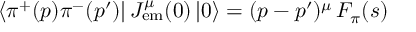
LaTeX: \langle \pi ^ { + } ( p ) \pi ^ { - } ( p ^ { \prime } ) | \, J _ { \mathrm { e m } } ^ { \mu } ( 0 ) \, | 0 \rangle = ( p - p ^ { \prime } ) ^ { \mu } \, F _ { \pi } ( s )